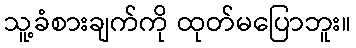
သူ့ခံစားချက်ကို ထုတ်မပြောဘူး။